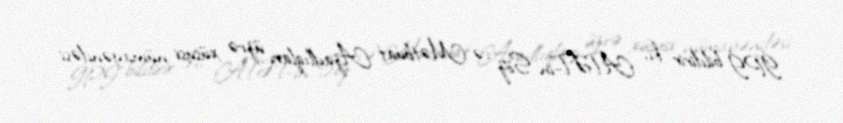
İPİ bildirir ki, ATƏT-in Söz və Mətbuat Azadlıqları üzrə xüsusi nümayəndəsi